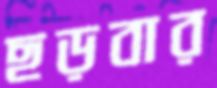
ছড়বার